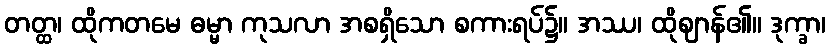
တတ္ထ၊ ထိုကတမေ ဓမ္မာ ကုသလာ အစရှိသော စကားရပ်၌။ အဿ၊ ထိုဈာန်၏။ ဒုက္ခာ၊